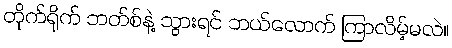
တိုက်ရိုက် ဘတ်စ်နဲ့ သွားရင် ဘယ်လောက် ကြာလိမ့်မလဲ။